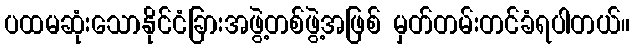
ပထမဆုံးသောနိုင်ငံခြားအဖွဲ့တစ်ဖွဲ့အဖြစ် မှတ်တမ်းတင်ခံရပါတယ်။